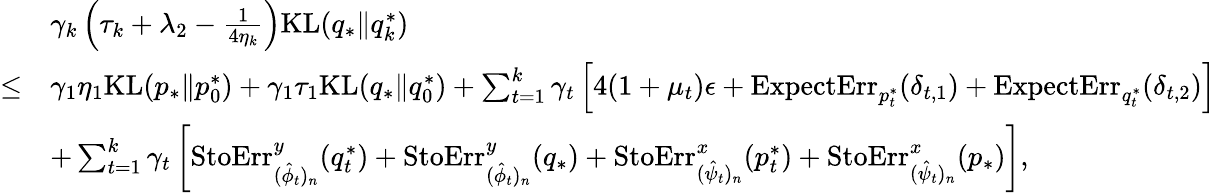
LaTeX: \begin{array}{rl}&{\gamma_{k}\left(\tau_{k}+\lambda_{2}-\frac{1}{4\eta_{k}}\right)\mathrm{KL}(q_{*}\| q_{k}^{*})}\\ {\leq}&{\gamma_{1}\eta_{1}\mathrm{KL}(p_{*}\| p_{0}^{*})+\gamma_{1}\tau_{1}\mathrm{KL}(q_{*}\| q_{0}^{*})+\sum_{t=1}^{k}\gamma_{t}\left[4(1+\mu_{t})\epsilon+\mathrm{ExpectErr}_{p_{t}^{*}}(\delta_{t,1})+\mathrm{ExpectErr}_{q_{t}^{*}}(\delta_{t,2})\right]}\\ &{+\sum_{t=1}^{k}\gamma_{t}\left[\mathrm{StoErr}_{(\hat{\phi}_{t})_{n}}^{y}(q_{t}^{*})+\mathrm{StoErr}_{(\hat{\phi}_{t})_{n}}^{y}(q_{*})+\mathrm{StoErr}_{(\hat{\psi}_{t})_{n}}^{x}(p_{t}^{*})+\mathrm{StoErr}_{(\hat{\psi}_{t})_{n}}^{x}(p_{*})\right],}\end{array}